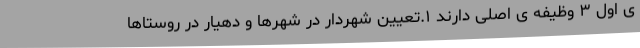
ی اول ۳ وظیفه ی اصلی دارند ۱.تعیین شهردار در شهرها و دهیار در روستاها